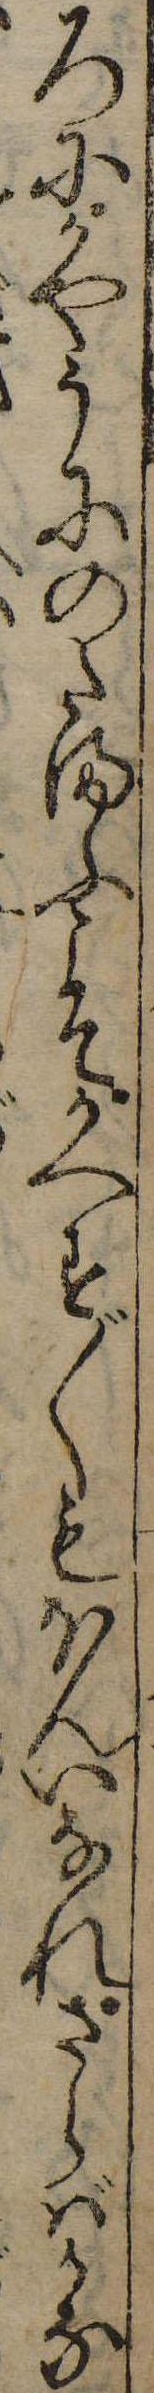
ろにかやうにのたまふこそかへす〲もなんいなれさらばかな